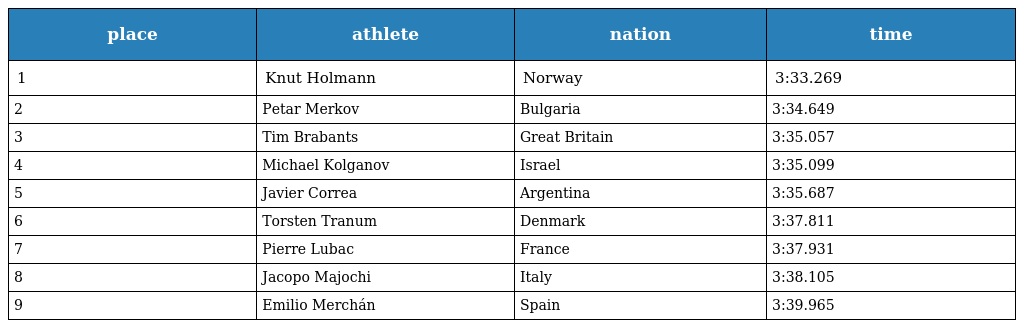
| place | athlete | nation | time |
 | --- | --- | --- | --- |
 | 1 | Knut Holmann | Norway | 3:33.269 |
 | 2 | Petar Merkov | Bulgaria | 3:34.649 |
 | 3 | Tim Brabants | Great Britain | 3:35.057 |
 | 4 | Michael Kolganov | Israel | 3:35.099 |
 | 5 | Javier Correa | Argentina | 3:35.687 |
 | 6 | Torsten Tranum | Denmark | 3:37.811 |
 | 7 | Pierre Lubac | France | 3:37.931 |
 | 8 | Jacopo Majochi | Italy | 3:38.105 |
 | 9 | Emilio Merchán | Spain | 3:39.965 |